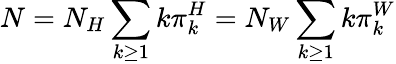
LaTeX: N=N_{H}\sum_{k\geq 1}k\pi_{k}^{H}=N_{W}\sum_{k\geq 1}k\pi_{k}^{W}